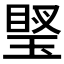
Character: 𤦼